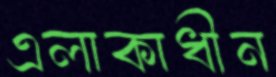
এলাকাধীন